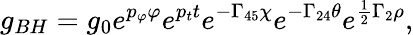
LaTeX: \displaystyle{g_{BH}=g_{0}e^{p_{\varphi}\varphi}e^{p_{t}t}e^{-\Gamma_{45}\chi}e^{-\Gamma_{24}\theta}e^{\frac{1}{2}\Gamma_{2}\rho}},